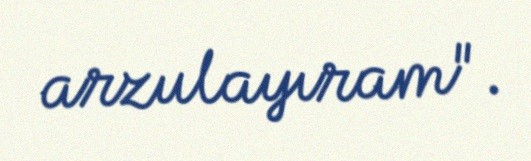
arzulayıram".